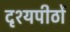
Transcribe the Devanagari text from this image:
दृश्यपीठों